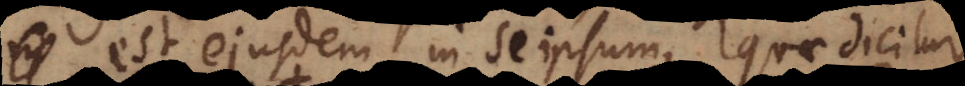
est ejusdem in se ipsum, quae dicitur